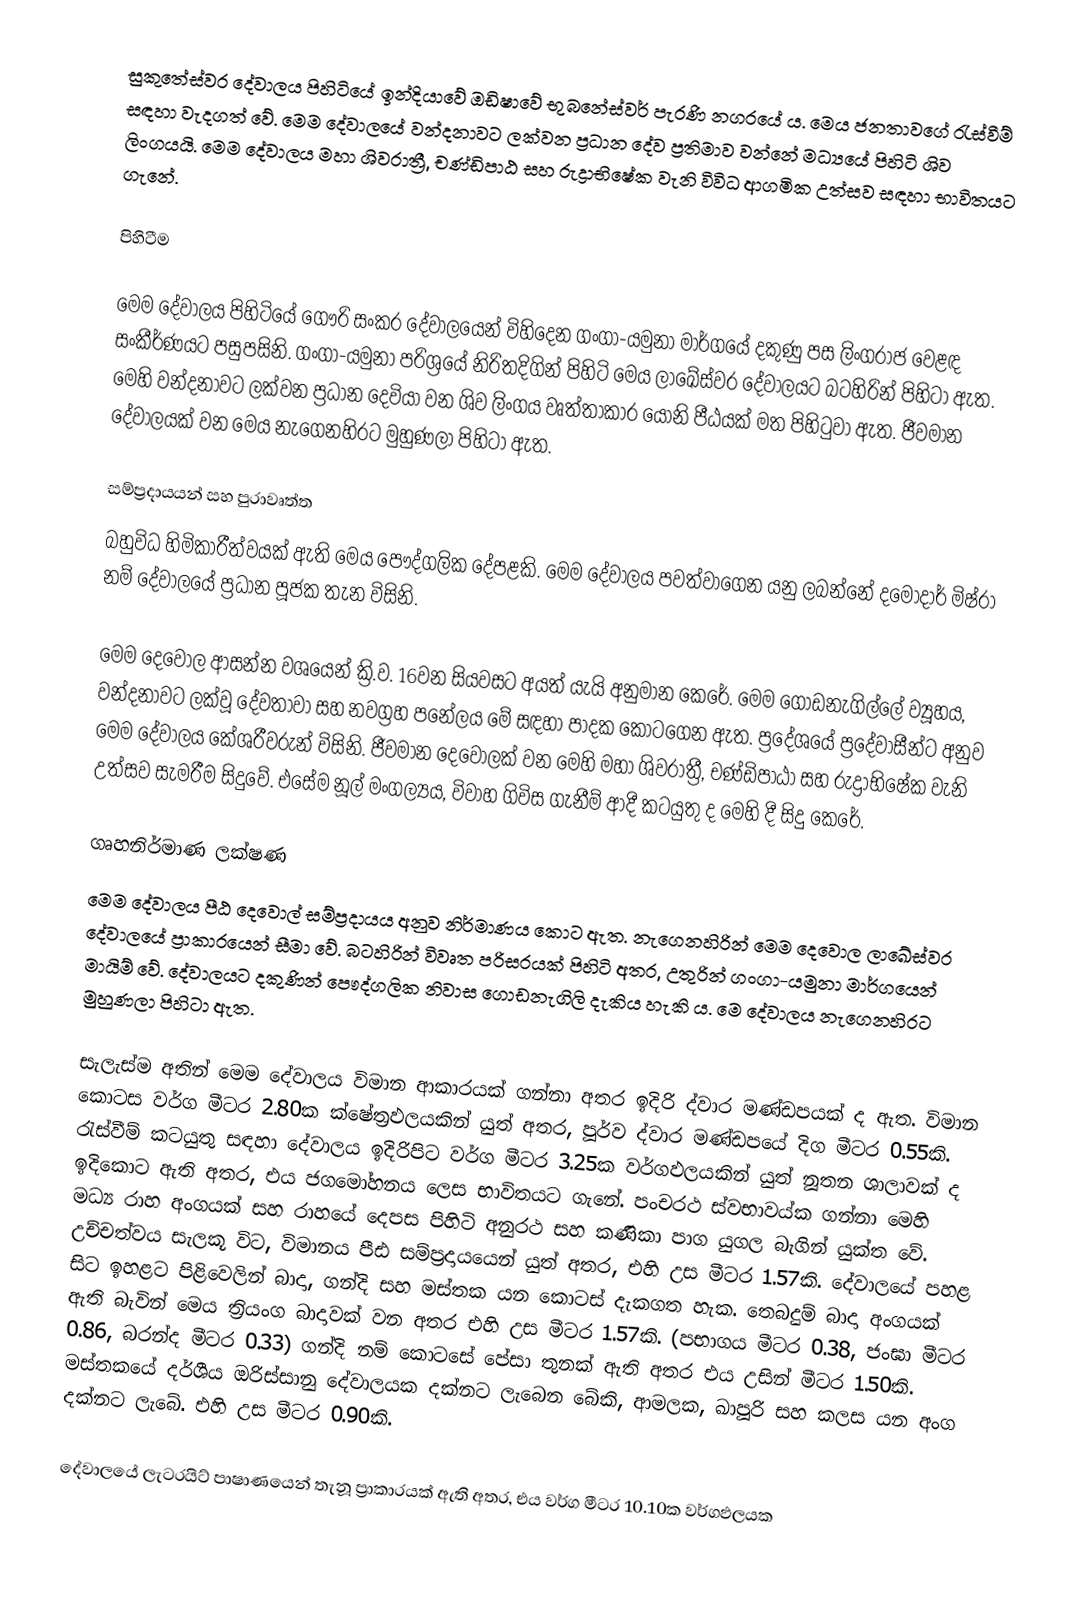
සුකුතේස්වර දේවාලය පිහිටියේ ඉන්දියාවේ ඔඩිෂාවේ භුබනේස්වර් පැරණි නගරයේ ය. මෙය ජනතාවගේ රැස්වීම් සඳහා වැදගත් වේ. මෙම දේවාලයේ වන්දනාවට ලක්වන ප්‍රධාන දේව ප්‍රතිමාව වන්නේ මධ්‍යයේ පිහිටි ශිව ලිංගයයි. මෙම දේවාලය මහා ශිවරාත්‍රී, චණ්ඩිපාඨ සහ රුද්‍රාභිෂේක වැනි විවිධ ආගමික උත්සව සඳහා භාවිතයට ගැනේ.

පිහිටීම

මෙම දේවාලය පිහිටියේ ගෞරි සංකර දේවාලයෙන් විහිදෙන ගංගා-යමුනා මාර්ගයේ දකුණු පස ලිංගරාජ වෙළඳ සංකීර්ණයට පසුපසිනි. ගංගා-යමුනා පරිශ්‍රයේ නිරිතදිගින් පිහිටි මෙය ලාඛේස්වර දේවාලයට බටහිරින් පිහිටා ඇත. මෙහි වන්දනාවට ලක්වන ප්‍රධාන දෙවියා වන ශිව ලිංගය වෘත්තාකාර යෝනි පීඨයක් මත පිහිටුවා ඇත. ජීවමාන දේවාලයක් වන මෙය නැගෙනහිරට මුහුණලා පිහිටා ඇත.

සම්ප්‍රදායයන් සහ පුරාවෘත්ත
බහුවිධ හිමිකාරීත්වයක් ඇති මෙය පෞද්ගලික දේපළකි. මෙම දේවාලය පවත්වාගෙන යනු ලබන්නේ දමෝදාර් මිෂ්රා නම් දේවාලයේ ප්‍රධාන පූජක තැන විසිනි.

මෙම දෙවොල ආසන්න වශයෙන් ක්‍රි.ව. 16වන සියවසට අයත් යැයි අනුමාන කෙරේ. මෙම ගොඩනැගිල්ලේ ව්‍යූහය, වන්දනාවට ලක්වූ දේවතාවා සහ නවග්‍රහ පනේලය මේ සඳහා පාදක කොටගෙන ඇත. ප්‍රදේශයේ ප්‍රදේවාසීන්ට අනුව මෙම දේවාලය කේශරීවරුන් විසිනි. ජීවමාන දෙවොලක් වන මෙහි මහා ශිවරාත්‍රී, චණ්ඩිපාඨා සහ රුද්‍රාභිෂේක වැනි උත්සව සැමරීම සිදුවේ. එසේම නූල් මංගල්‍යය, විවාහ ගිවිස ගැනීම් ආදී කටයුතු ද මෙහි දී සිදු කෙරේ.

ගෘහනිර්මාණ ලක්ෂණ
මෙම දේවාලය පීඨ දෙවොල් සම්ප්‍රදායය අනුව නිර්මාණය කොට ඇත. නැගෙනහිරින් මෙම දෙවොල ලාඛේස්වර දේවාලයේ ප්‍රාකාරයෙන් සීමා වේ. බටහිරින් විවෘත පරිසරයක් පිහිටි අතර, උතුරින් ගංගා-යමුනා මාර්ගයෙන් මායිම් වේ. දේවාලයට දකුණින් පෞද්ගලික නිවාස ගොඩනැගිලි දැකිය හැකි ය. මෙ දේවාලය නැගෙනහිරට මුහුණලා පිහිටා ඇත.

සැලැස්ම අතින් මෙම දේවාලය විමාන ආකාරයක් ගන්නා අතර ඉදිරි ද්වාර මණ්ඩපයක් ද ඇත. විමාන කොටස වර්ග මීටර 2.80ක ක්ෂේත්‍රඵලයකින් යුත් අතර, පූර්ව ද්වාර මණ්ඩපයේ  දිග මීටර 0.55කි. රැස්වීම් කටයුතු සඳහා දේවාලය ඉදිරිපිට වර්ග මීටර 3.25ක වර්ගඵලයකින් යුත් නූතන ශාලාවක් ද ඉදිකොට ඇති අතර, එය ජගමෝහනය ලෙස භාවිතයට ගැනේ. පංචරථ ස්වභාවය්ක ගන්නා මෙහි මධ්‍ය රාහ අංගයක් සහ රාහයේ දෙපස පිහිටි අනුරථ සහ කණිකා පාග යුගල බැගින් යුක්ත වේ. උච්චත්වය සැලකූ විට, විමානය පීඪ සම්ප්‍රදායයෙන් යුත් අතර, එහි උස මීටර 1.57කි. දේවාලයේ පහළ සිට ඉහළට පිළිවෙලින් බාදා, ගන්දි සහ මස්තක යන කොටස් දැකගත හැක. තෙබදුම් බාදා අංගයක් ඇති බැවින් මෙය ත්‍රියංග බාදාවක් වන අතර එහි උස මීටර 1.57කි. (පභාගය මීටර 0.38, ජංඝා මීටර 0.86, බරන්ද මීටර 0.33) ගන්දි නම් කොටසේ පේසා තුනක් ඇති අතර එය උසින් මීටර 1.50කි. මස්තකයේ දර්ශීය ඔරිස්සානු දේවාලයක දක්නට ලැබෙන බේකි, ආමලක, ඛාපූරි සහ කලස යන අංග දක්නට ලැබේ. එහි උස මීටර 0.90කි.

දේවාලයේ ලැටරයිට් පාෂාණයෙන් තැනූ ප්‍රාකාරයක් ඇති අතර, එය වර්ග මීටර 10.10ක වර්ගඵලයක